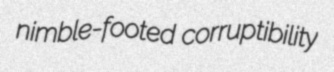
nimble-footed corruptibility